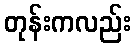
တုန်းကလည်း